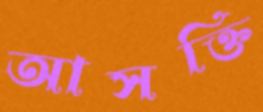
আসক্তি